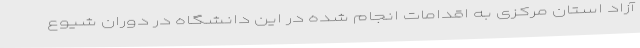
آزاد استان مرکزی به اقدامات انجام شده در این دانشگاه در دوران شیوع